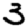
Digit: 3